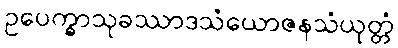
ဥပေက္ခာသုခဿာဒသံယောဇနသံယုတ္တံ